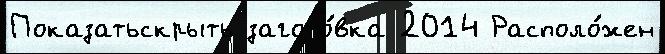
Показатьскрыть загото́вка 2014 Располо́жен